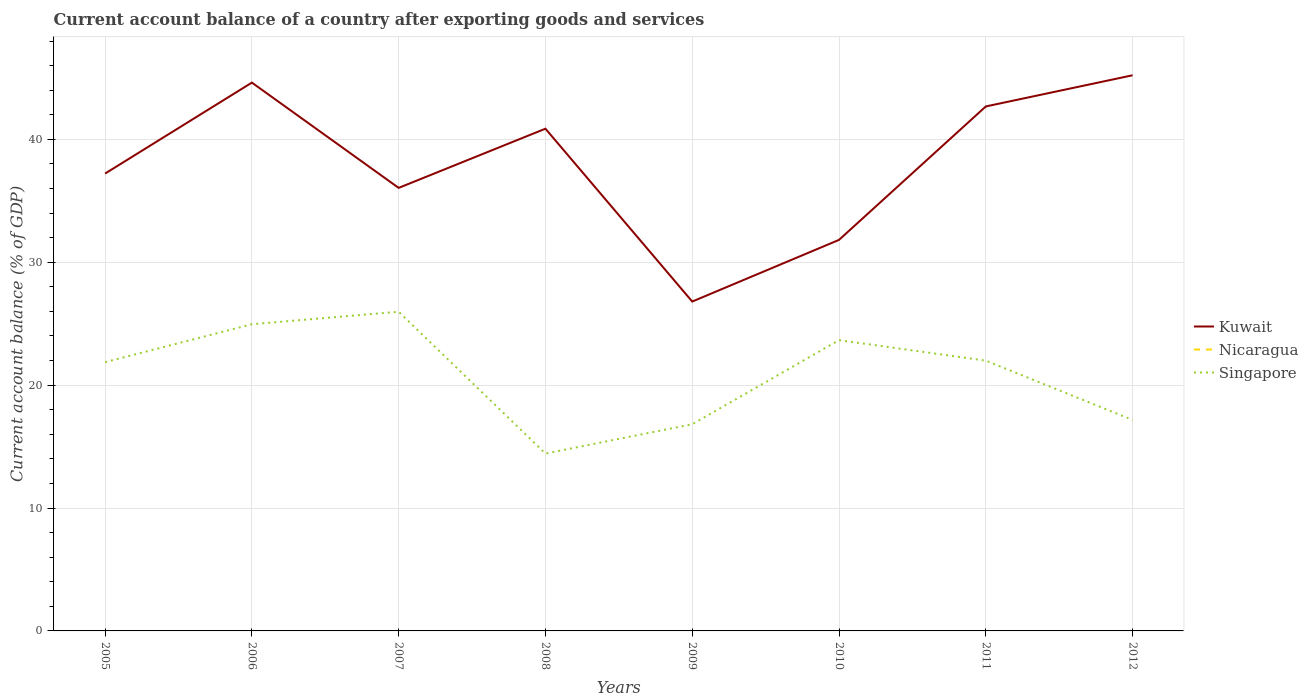
| Years | Kuwait | Nicaragua | Singapore |
 | --- | --- | --- | --- |
 | 2005 | 37.2 | -12.4 | 21.9 |
 | 2006 | 44.6 | -12.4 | 25 |
 | 2007 | 36.1 | -15.7 | 26 |
 | 2008 | 40.9 | -17.8 | 14.4 |
 | 2009 | 26.8 | -8.64 | 16.8 |
 | 2010 | 31.8 | -8.93 | 23.7 |
 | 2011 | 42.7 | -11.8 | 22 |
 | 2012 | 45.2 | -10.6 | 17.2 |